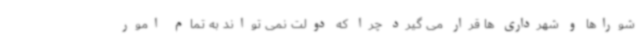
شوراها و شهرداری ها قرار می گیرد چرا که دولت نمی تواند به تمام امور